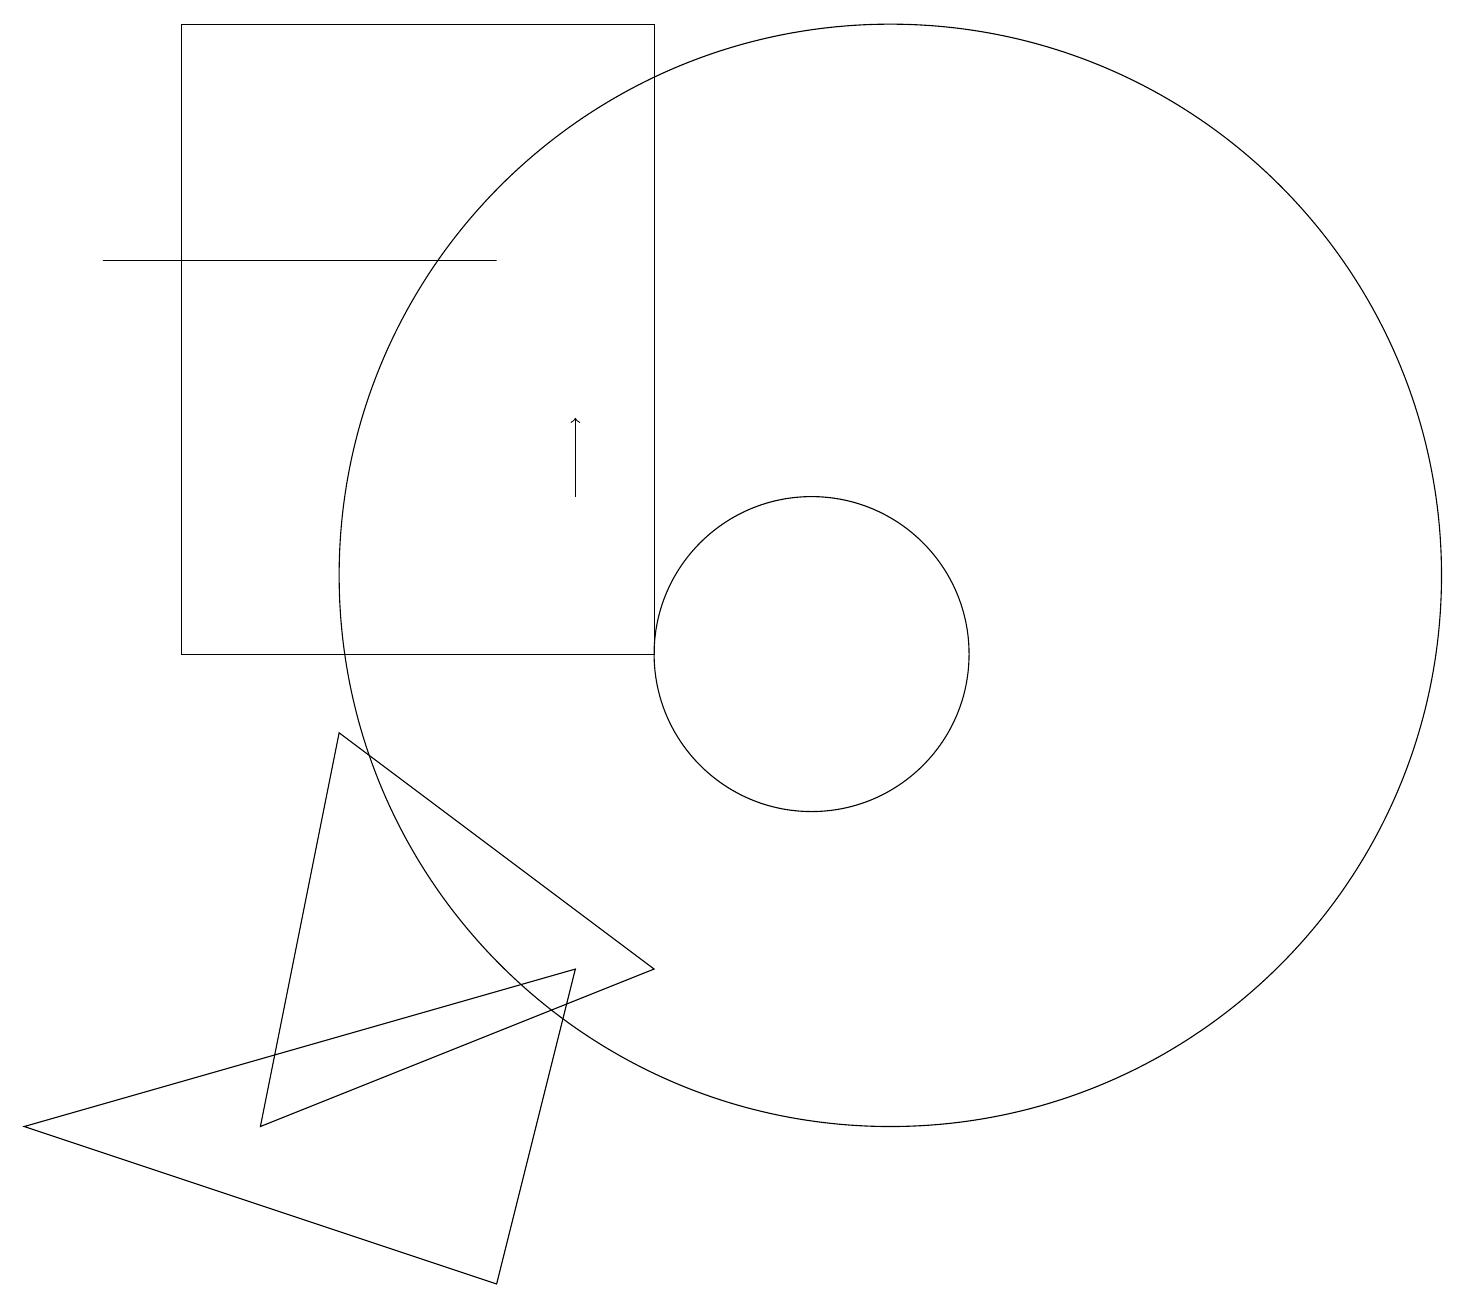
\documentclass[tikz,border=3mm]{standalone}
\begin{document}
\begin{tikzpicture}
\draw (10,10) circle (2);
\draw (8,18) rectangle (2,10);
\draw (11,11) circle (7);
\draw[->] (7,12) -- (7,13);
\draw (6,15) rectangle (1,15);
\draw (7,6) -- (6,2) -- (0,4) -- cycle;
\draw (8,6) -- (3,4) -- (4,9) -- cycle;
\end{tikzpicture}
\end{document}